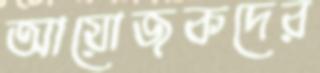
আয়োজকদের